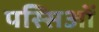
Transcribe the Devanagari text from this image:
पस्सिओं